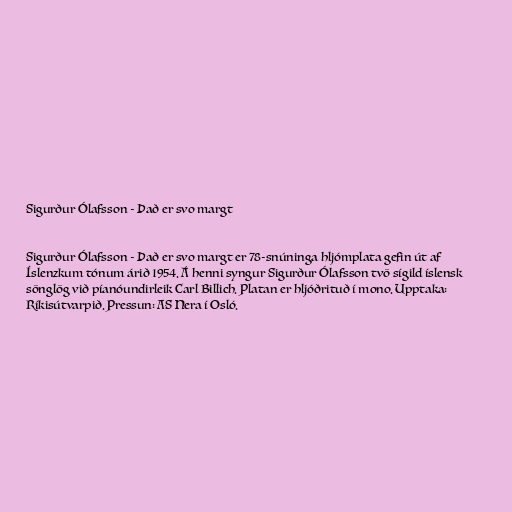
Sigurður Ólafsson - Það er svo margt

Sigurður Ólafsson - Það er svo margt er 78-snúninga hljómplata gefin út af
Íslenzkum tónum árið 1954. Á henni syngur Sigurður Ólafsson tvö sígild íslensk
sönglög við píanóundirleik Carl Billich. Platan er hljóðrituð í mono. Upptaka:
Ríkisútvarpið. Pressun: AS Nera í Osló.